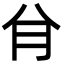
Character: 䏌